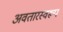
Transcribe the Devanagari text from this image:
अवतारस्वरूप